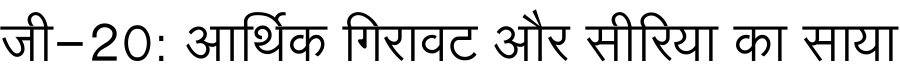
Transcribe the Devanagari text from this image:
जी-20: आर्थिक गिरावट और सीरिया का साया